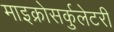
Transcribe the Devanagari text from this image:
माइक्रोसर्कुलेटरी